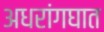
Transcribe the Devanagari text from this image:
अधरांगघात